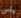
يأس